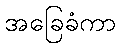
အခြေခံကာ